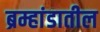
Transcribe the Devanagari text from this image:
ब्रम्हांडातील